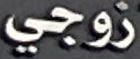
زوجي